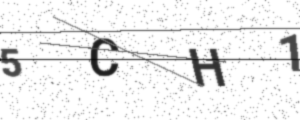
Text: 5CH1